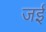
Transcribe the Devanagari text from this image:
जईं